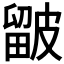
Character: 𥀓